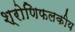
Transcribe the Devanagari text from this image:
श्रोणिफलकीय